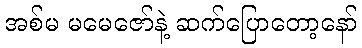
အစ်မ မမေဇော်နဲ့ ဆက်ပြောတော့နော်